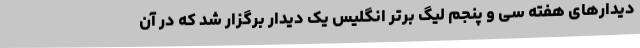
دیدارهای هفته سی و پنجم لیگ برتر انگلیس یک دیدار برگزار شد که در آن